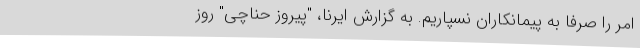
امر را صرفا به پیمانکاران نسپاریم. به گزارش ایرنا، "پیروز حناچی" روز